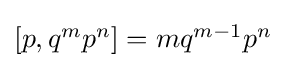
{\textstyle [p,q^{m}p^{n}]=mq^{m-1}p^{n}}